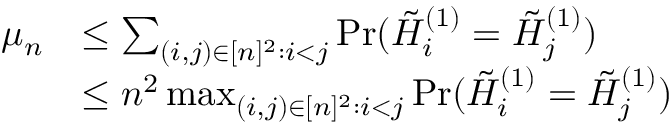
\begin{array} { r l } { \mu _ { n } } & { \le \sum _ { { ( i , j ) \in [ n ] ^ { 2 } : i < j } } \operatorname* { P r } ( \tilde { { H } } _ { i } ^ { ( 1 ) } = \tilde { { H } } _ { j } ^ { ( 1 ) } ) } \\ & { \le n ^ { 2 } \operatorname* { m a x } _ { { ( i , j ) \in [ n ] ^ { 2 } : i < j } } \operatorname* { P r } ( \tilde { { H } } _ { i } ^ { ( 1 ) } = \tilde { { H } } _ { j } ^ { ( 1 ) } ) } \end{array}